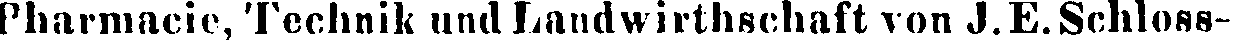
Pharmacie, Technik und Landwirthschaft von J.E.Schloss-